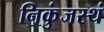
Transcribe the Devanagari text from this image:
निकुंजस्थं